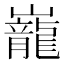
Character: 巃